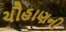
ચૌહાણની